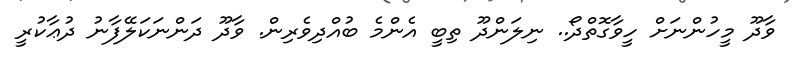
ވާދޫ މީހުންނަށް ހީވާގޮތްދޯ.. ނިލަންދޫ ތިބީ އެންމެ ބުއްދިވެރިން. ވާދޫ ދަންނަކަލޭފާނު ދުޢާކުރީ